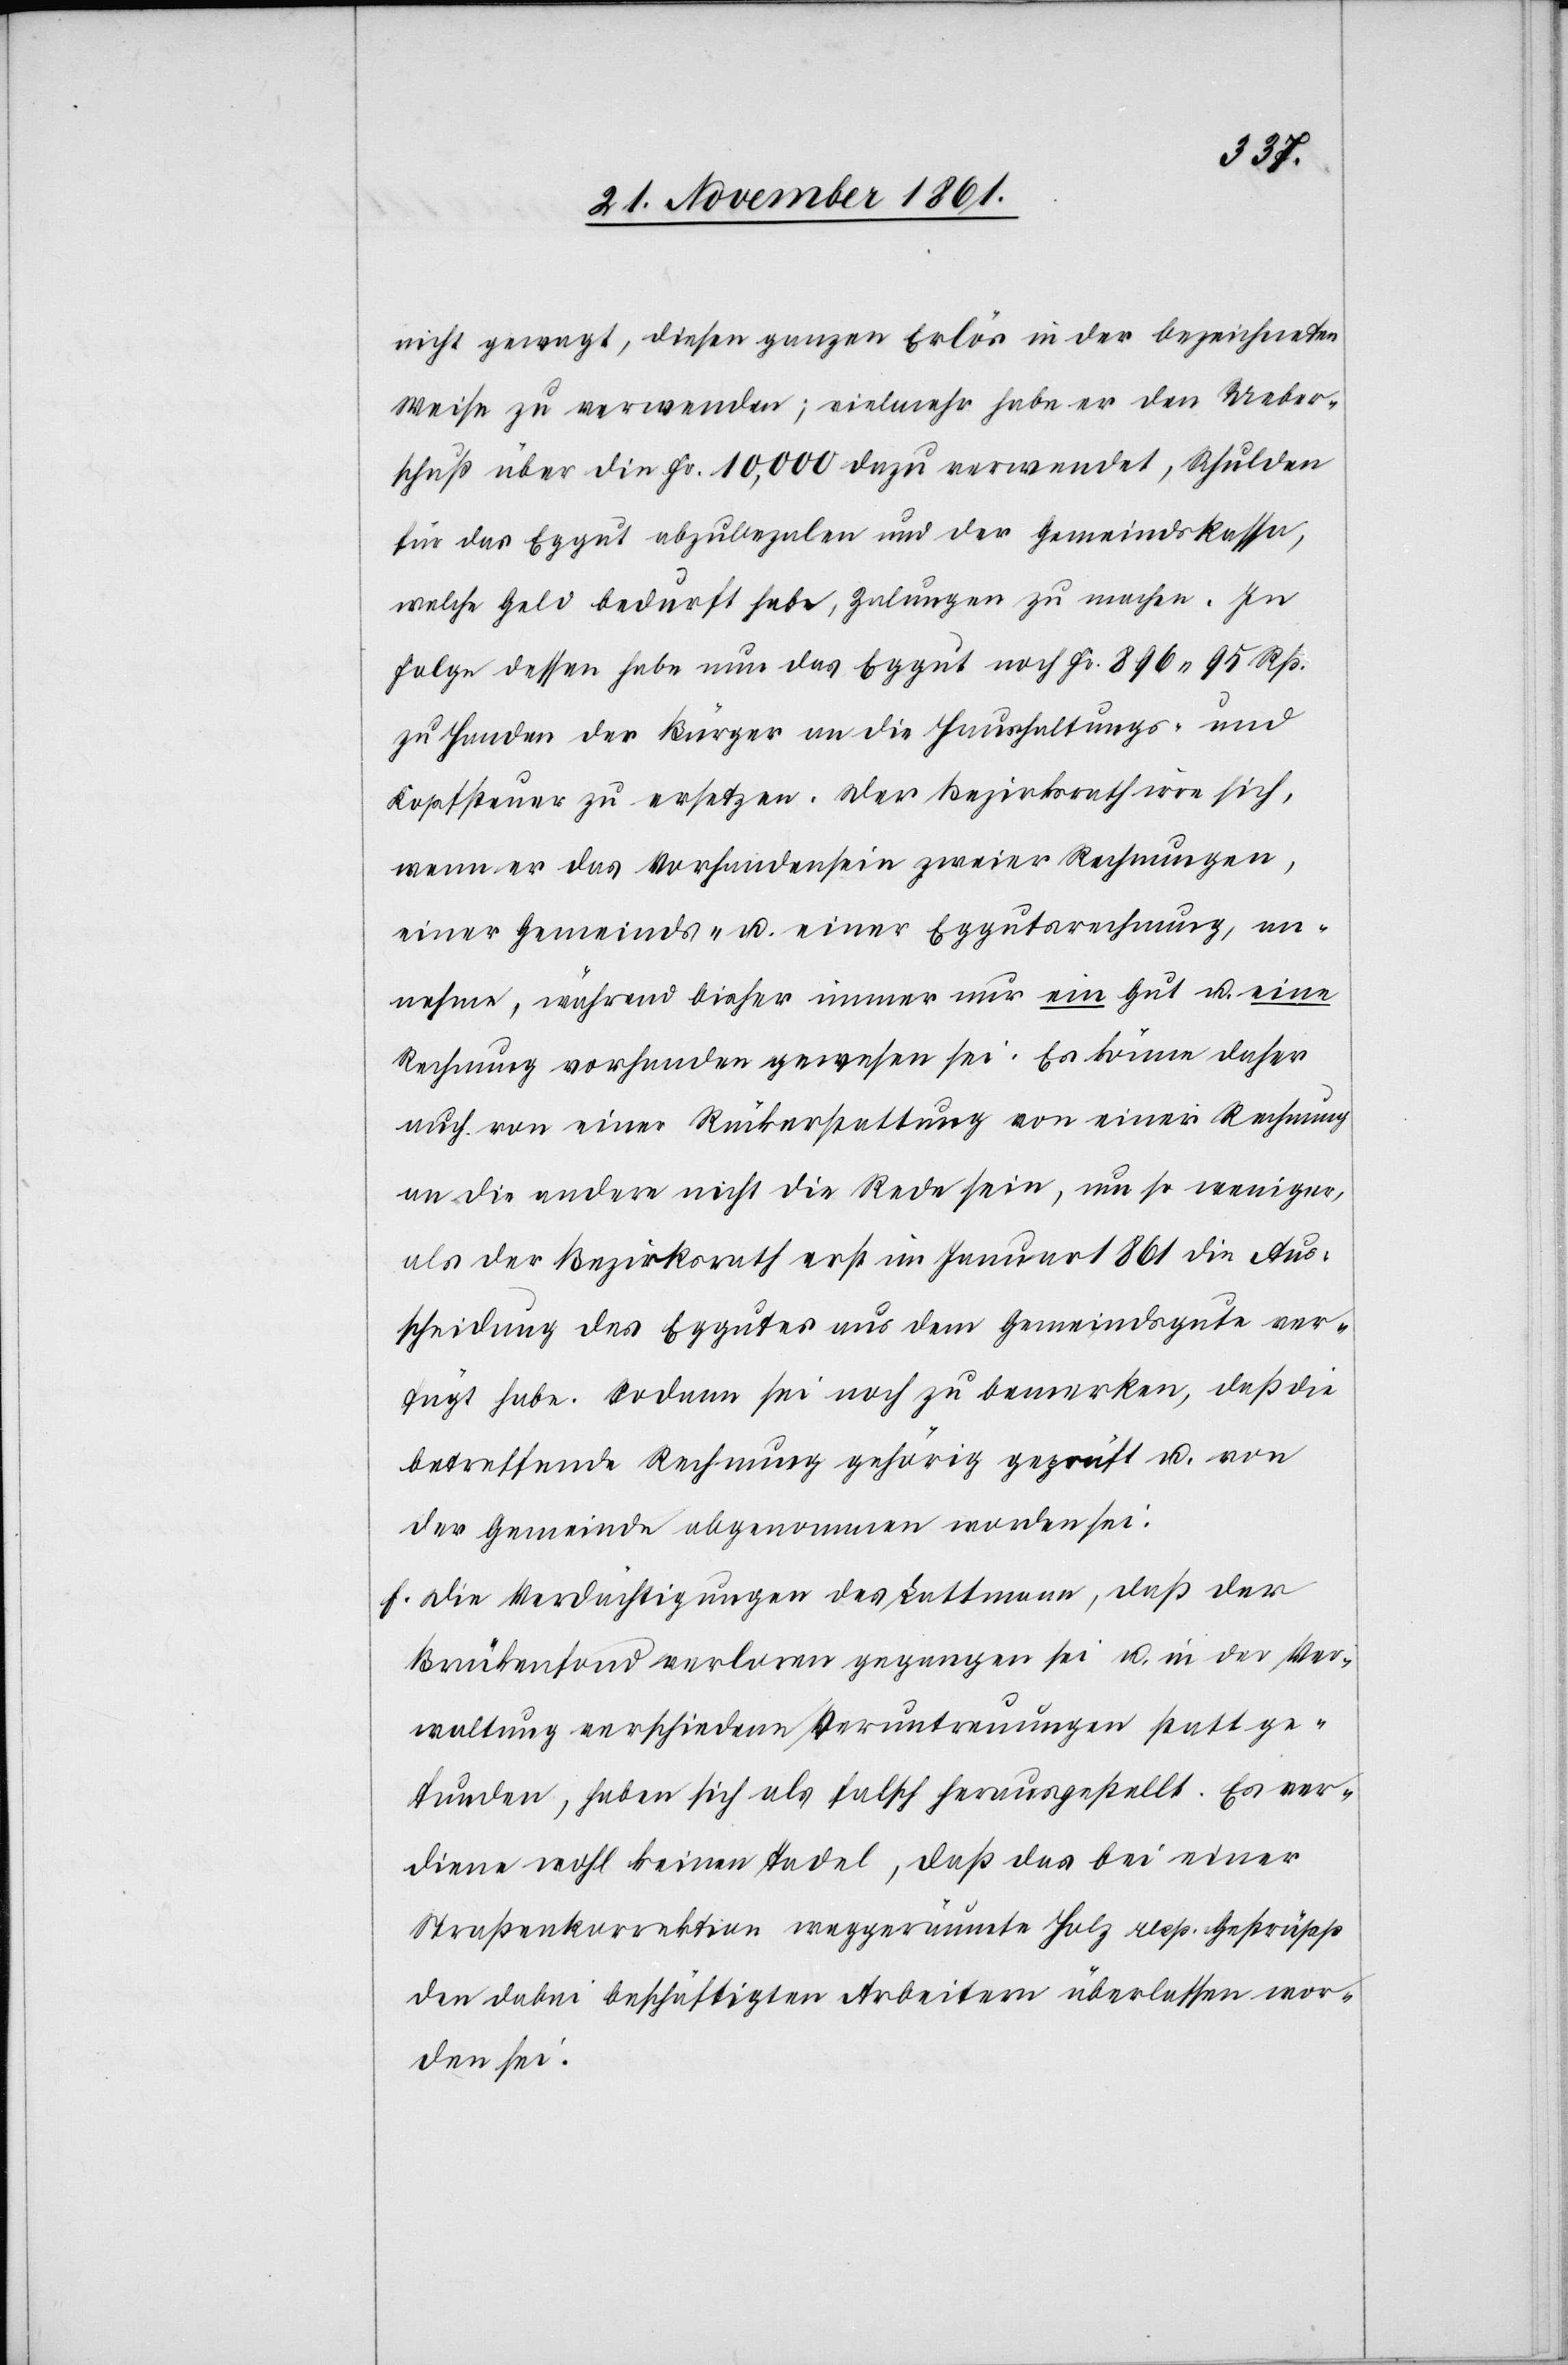
nicht gewagt, diesen ganzen Erlös in der bezeichneten
Weise zu verwenden; vielmehr habe er den Ueber¬
schuß über die Fr. 10,000 dazu verwendet, Schulden
für das Eggut abzubezalen und der Gemeindskassa,
welche Geld bedurft habe, Zalungen zu machen. In
Folge dessen habe nun das Eggut noch Fr. 896.95 Rp.
zu Handen der Bürger an die Haushaltungs- und
Kopfsteuer zu ersetzen. Der Bezirksrath irre sich,
wenn er das Vorhandensein zweier Rechnungen,
einer Gemeinds- u. einer Eggutsrechnung, an¬
nehme, während bisher immer nur ein Gut u. eine
Rechnung vorhanden gewesen sei. Es könne daher
auch von einer Rückerstattung von einer Rechnung
an die andere nicht die Rede sein, um so weniger,
als der Bezirksrath erst im Januar 1861 die Aus¬
scheidung des Eggutes aus dem Gemeindsgute ver¬
fügt habe. Sodann sei noch zu bemerken, daß die
betreffende Rechnung gehörig geprüft u. von
der Gemeinde abgenommen worden sei:
f. Die Verdächtigungen des Lattmann, daß der
Brückenfond verloren gegangen sei u in der Ver¬
waltung verschiedene Veruntreuungen statt ge¬
funden, haben sich als falsch herausgestellt. Es ver¬
diene wohl keinen Tadel, daß das bei einer
Straßenkorrektion weggeräumte Holz resp. Gestrüpp
den dabei beschäftigten Arbeitern überlassen wor¬
den sei.